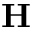
{ \bf H }